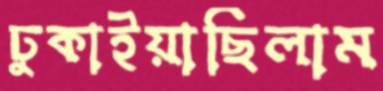
ঢুকাইয়াছিলাম